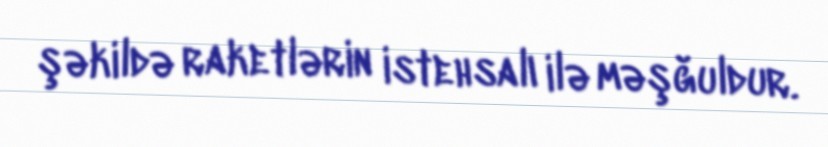
şəkildə raketlərin istehsalı ilə məşğuldur.